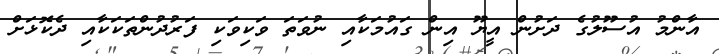
އާންމު އުސޫލުގެ ދަށުން އީޔޫ އިން ގައުމަކާއި ނުވަތަ ވަކިވަކި ފަރުދުންތަކަކާއި ދެކޮޅަށް